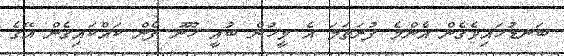
ބަނޑުހައިވެގެން އެންމެ ފުރަތަމަ އެ މީހުން ބުއީ ހޫނު ފެން ކައްކައިގެން އޭގެ